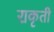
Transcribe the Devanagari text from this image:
राकृती